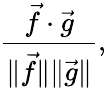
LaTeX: \frac{\vec{f}\cdot\vec{g}}{\| \vec{f}\| \| \vec{g}\| },